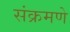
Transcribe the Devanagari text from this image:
संक्रमणे